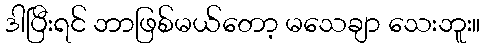
ဒါပြီးရင် ဘာဖြစ်မယ်တော့ မသေချာ သေးဘူး။